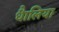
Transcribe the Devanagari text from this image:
धैालिया